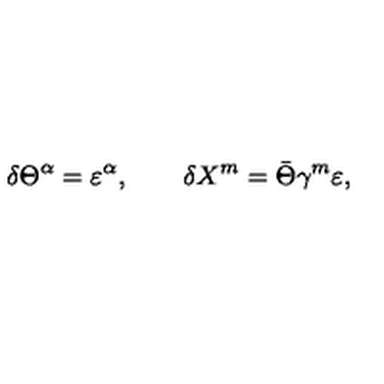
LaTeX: \delta \Theta ^ { \alpha } = \varepsilon ^ { \alpha } , \qquad \delta X ^ { m } = \bar { \Theta } \gamma ^ { m } \varepsilon ,